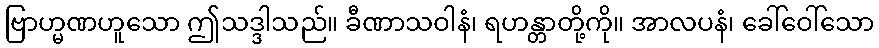
ဗြာဟ္မဏဟူသော ဤသဒ္ဒါသည်။ ခီဏာသဝါနံ၊ ရဟန္တာတို့ကို။ အာလပနံ၊ ခေါ်ဝေါ်သော